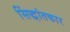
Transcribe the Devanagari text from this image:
सिंद्धांतकार